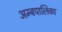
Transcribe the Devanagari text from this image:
अम्बपालिका